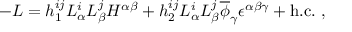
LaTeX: - { \cal L } = h _ { 1 } ^ { i j } L _ { \alpha } ^ { i } L _ { \beta } ^ { j } H ^ { \alpha \beta } + h _ { 2 } ^ { i j } L _ { \alpha } ^ { i } L _ { \beta } ^ { j } \overline { { { \phi } } } _ { \gamma } \epsilon ^ { \alpha \beta \gamma } + \mathrm { h . c . \ , }